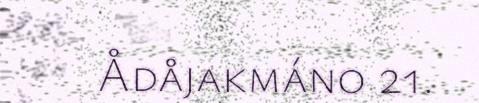
Ådåjakmáno 21.